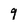
Character: 9